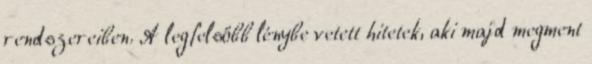
rendszereiben. A legfelsőbb lénybe vetett hitetek, aki majd megment